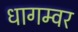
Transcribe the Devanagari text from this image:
धागम्वर